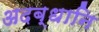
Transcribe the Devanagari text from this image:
अदब्धानि